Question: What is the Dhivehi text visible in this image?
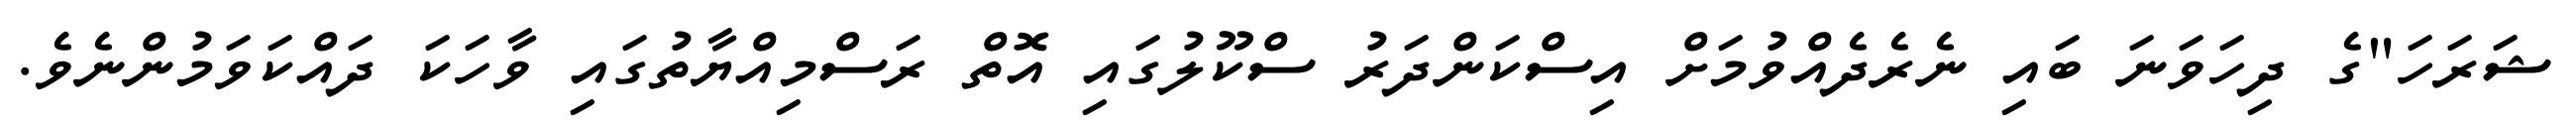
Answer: ޝަރަހަ"ގެ ދިހަވަނަ ބައި ނެރެދެއްވުމަށް އިސްކަންދަރު ސްކޫލުގައި އޮތް ރަސްމިއްޔާތުގައި ވާހަކަ ދައްކަވަމުންނެވެ.